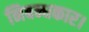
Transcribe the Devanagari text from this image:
निबन्धकार।